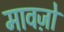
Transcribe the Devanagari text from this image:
मावज़ो